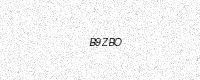
Text: B9ZBO